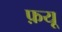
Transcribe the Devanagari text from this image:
फ़यू